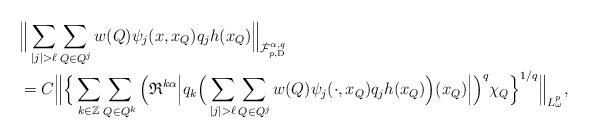
LaTeX: \begin{align*}&\Big\|\sum_{|j|>\ell} \sum_{Q\in Q^j}w(Q) \psi_{j}(x,x_{Q})q_{j}h(x_{Q})\Big\|_{\dot{\mathcal F}^{\alpha,q}_{p,{\rm D}}} \\&=C\Big\|\Big\{\sum_{k\in \mathbb Z}\sum_{Q\in Q^k} \Big({\mathfrak R}^{k\alpha}\Big|q_k\Big(\sum_{|j|>\ell} \sum_{Q\in Q^j}w(Q) \psi_{j}(\cdot,x_{Q})q_{j}h(x_{Q})\Big)(x_Q)\Big|\Big)^q\chi_Q\Big\}^{1/q}\Big\|_{L^p_\omega},\end{align*}